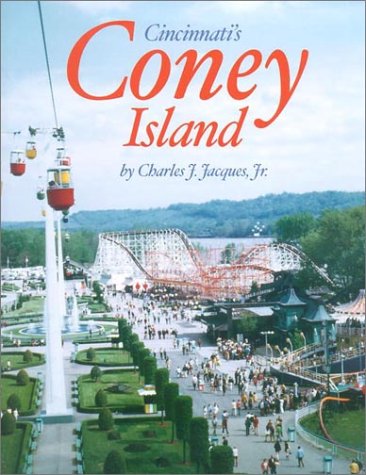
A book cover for Cincinnati's Coney Island: America's Finest Amusement Park; Charles J., Jr. Jacques; Travel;